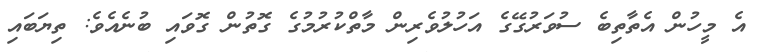
އެ މީހުން އެތާތިބެ ސުވަރުގޭގެ އަހުލުވެރިން މާތްކުރުމުގެ ގޮތުން ގޮވައި ބުނެއެވެ: ތިޔަބައި